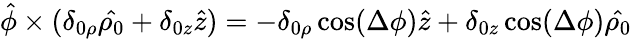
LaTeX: \hat{\phi}\times(\delta_{0\rho}\hat{\rho_{0}}+\delta_{0z}\hat{z})=-\delta_{0\rho}\cos(\Delta\phi)\hat{z}+\delta_{0z}\cos(\Delta\phi)\hat{\rho_{0}}